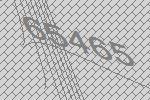
65465